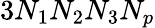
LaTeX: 3N_{1}N_{2}N_{3}N_{p}